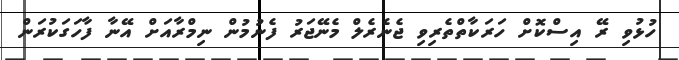
ހުޅުވި ރޭ އިސްކޮށް ހަރަކާތްތެރިވި ޖެނެރެލް މެނޭޖަރު ފެނުމުން ނިމްރާއަށް އޭނާ ފާހަގަކުރަން